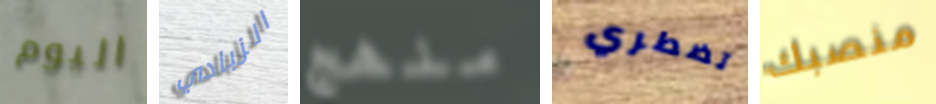
اليوم الزبادي منهج تضطري منصبك